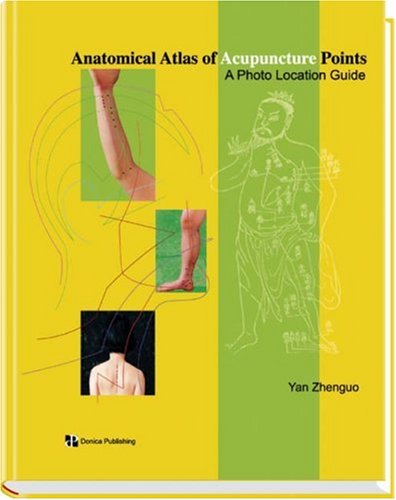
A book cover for Anatomical Atlas of Acupucture Points, 1e; Yan Zhenguo; Health, Fitness & Dieting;